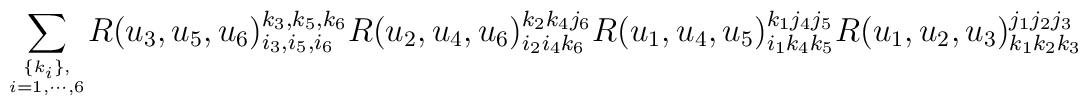
{}~{\displaystyle\sum_{\{k_i\},\atop i=1,\cdots,6}}R(u_3,u_5,u_6)^{k_3,k_5,k_6}_{i_3,i_5,i_6}R(u_2,u_4,u_6)^{k_2k_4j_6}_{i_2i_4k_6}R(u_1,u_4,u_5)^{k_1j_4j_5}_{i_1k_4k_5}R(u_1,u_2,u_3)^{j_1j_2j_3}_{k_1k_2k_3}